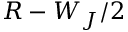
R - W _ { J } / 2